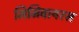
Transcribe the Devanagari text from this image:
मिमिवायरस